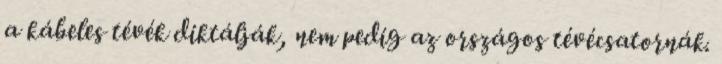
a kábeles tévék diktálják, nem pedig az országos tévécsatornák.